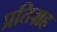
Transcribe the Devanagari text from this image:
प्रतिग्रह